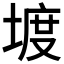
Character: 𡍨